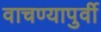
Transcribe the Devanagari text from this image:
वाचण्यापुर्वी